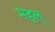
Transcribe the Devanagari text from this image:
महल्